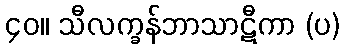
၄၀။ သီလက္ခန်ဘာသာဋီကာ (ပ)